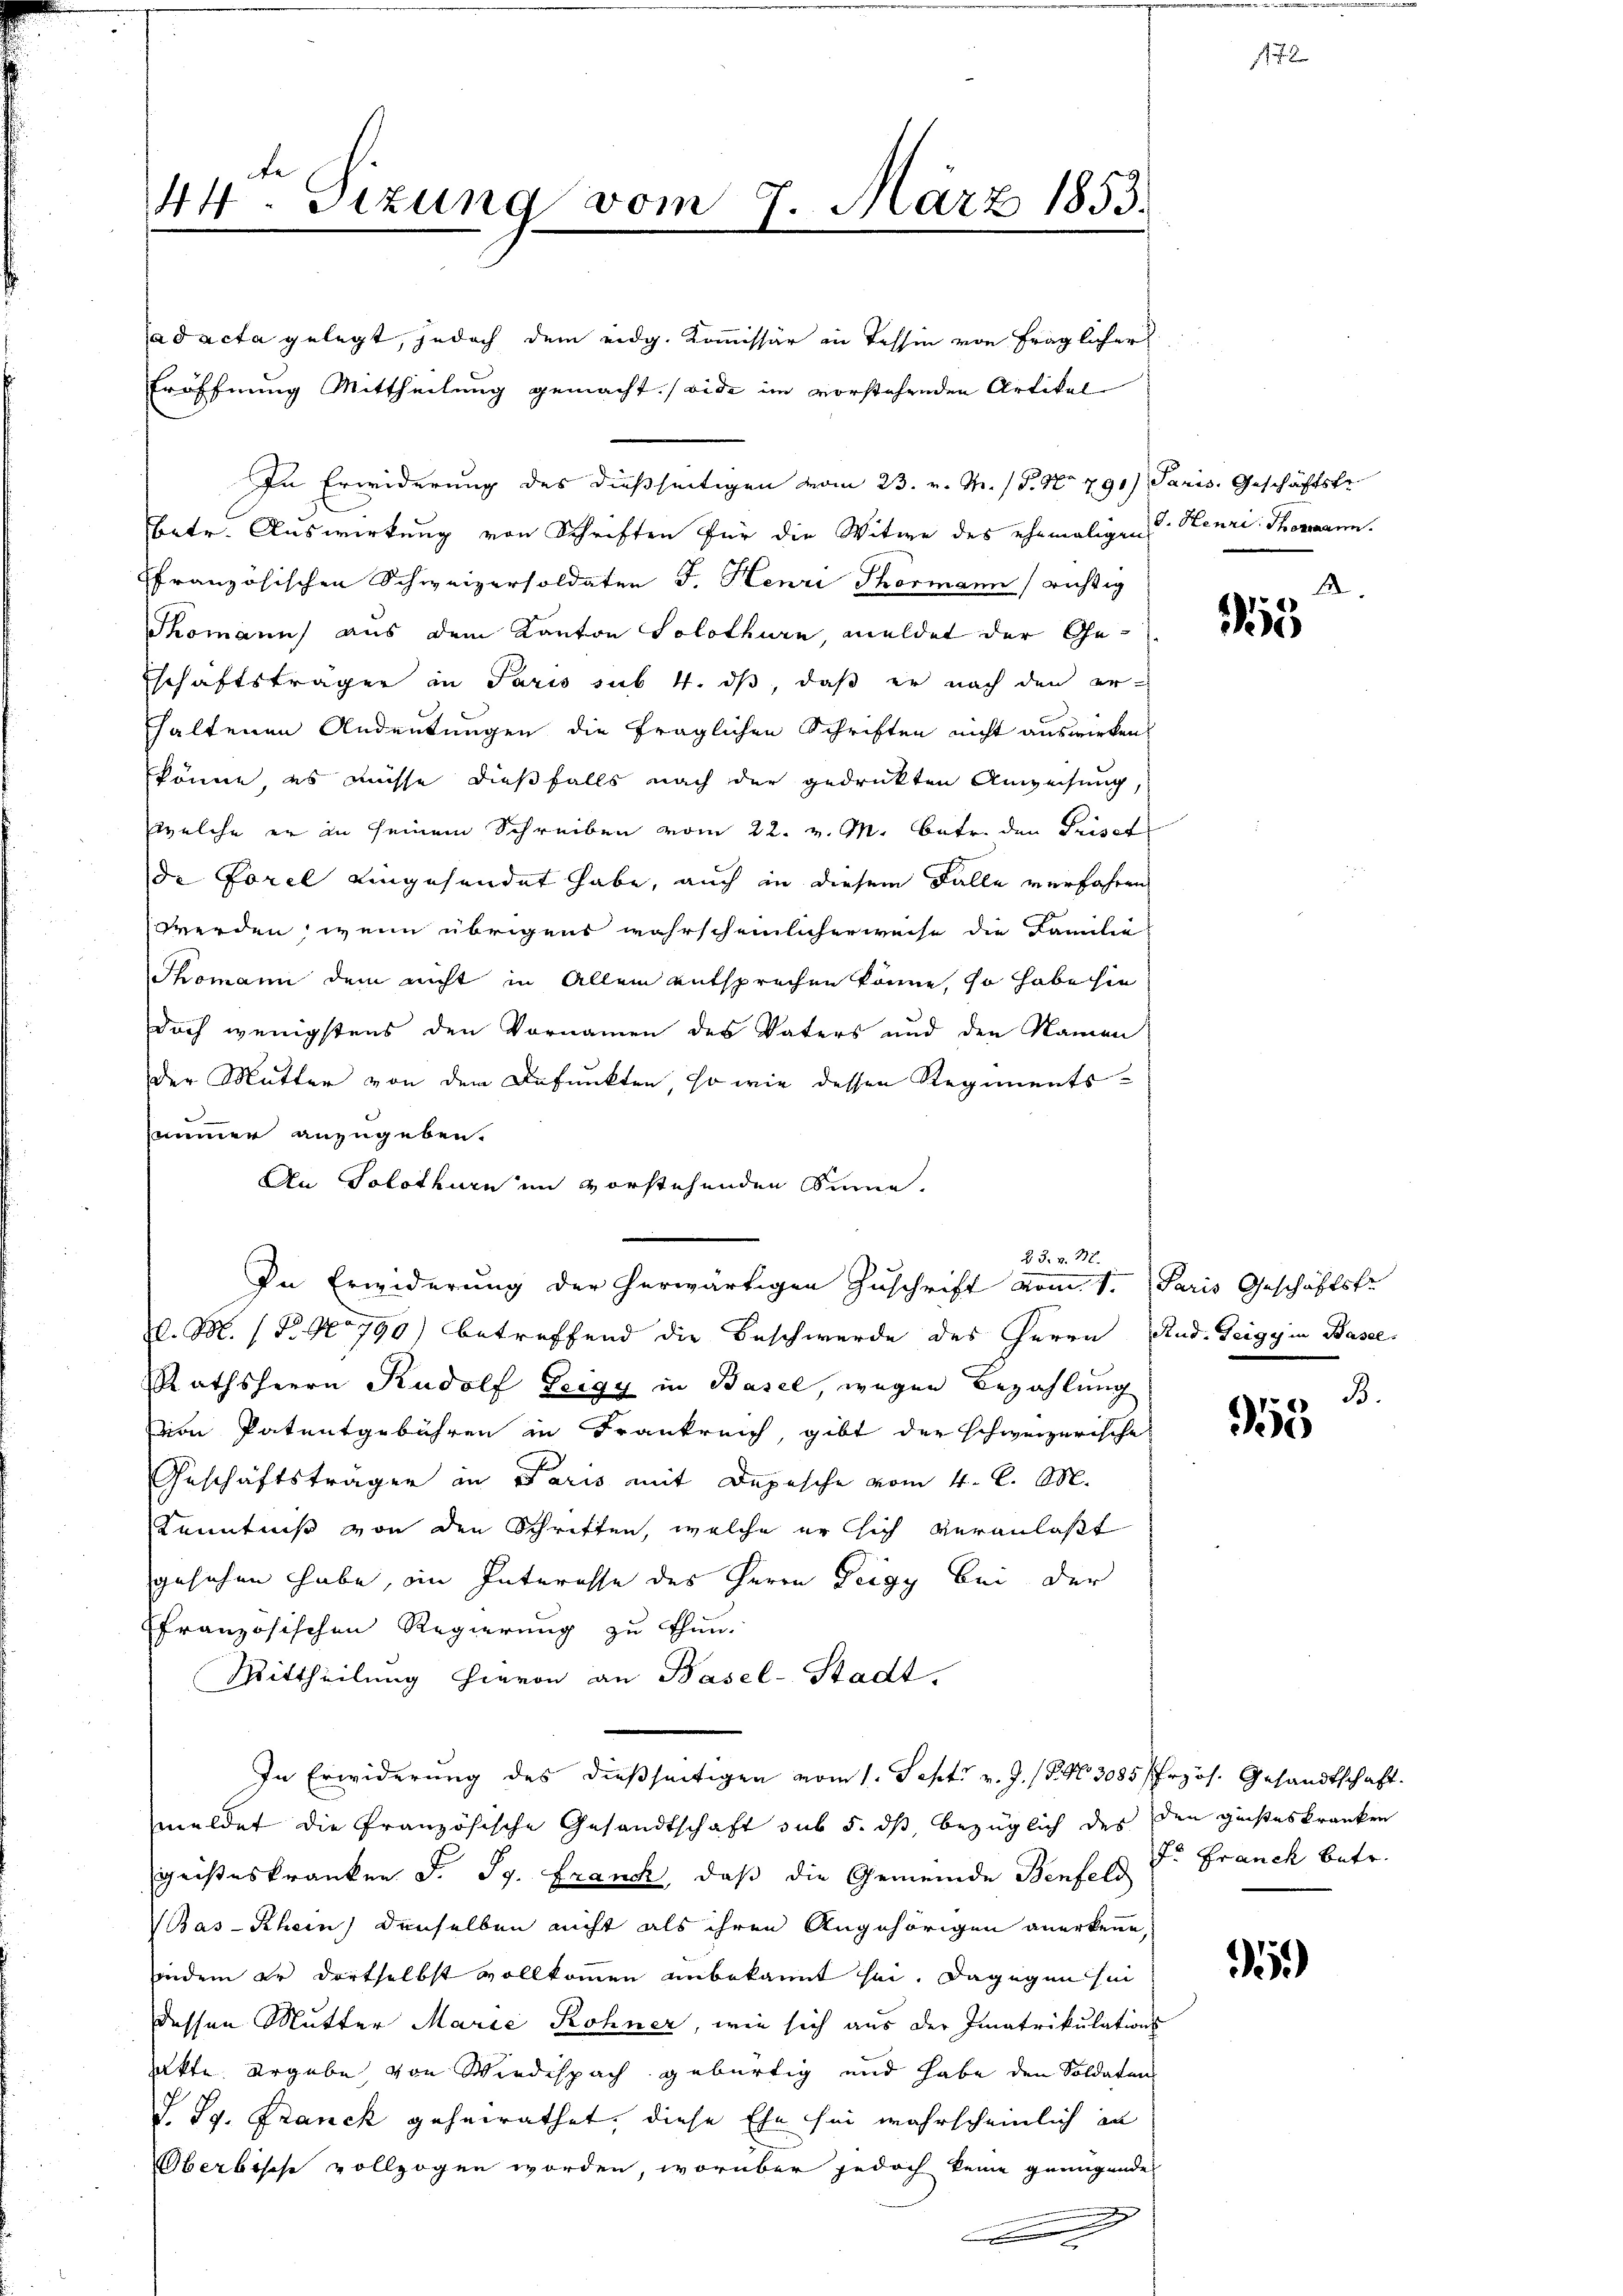
44. Sizung vom 7. März 1853.

ad acta gelegt, jedoch dem eidg. Kommissär in Tessin von fraglicher
Eröffnung Mittheilung gemacht. (vide im vorstehenden Artikal
In Erwiderung des dießseitigen vom 23. v. M. (T. No 791) Paris, Geschäftste
Betr. Auswirkung von Schriften für die Witwe des ehemaligen Henri Thormann.
ffranzösischen Schweizersoldaten J. Henri Thormann richtig
Thomann) aus dem Kanton Solothurn, meldet der Ge-
schaftsträgen in Paris sub 4. ds, daß er nach den er
haltenen Andeutungen die fraglichen Schriften nicht auswirken,
könne es müsse dießfalls nach der gedruckten Anweisung,
welche er in seinem Schreiben vom 22. v. M. betr. den Priset
de Forel eingesendet habe, auch in diesem Falle verfahren
werden, wenn übrigens wahrscheinlicherweise die Familie
Thomann dem nicht in Allem entsprechen könne, so habe sie
doch wenigstens den Vornamen des Vaters und den Namen
der Mutter von dem Befunkten, so wie dessen Regimentsnammer anzugeben.
An Solothurn im vorstehenden Sinne
J. M. 1. No 790) betreffend die Beschwerde des Herrn Rud. Teigy in Basel
Rathsherrn Rudolf Zeigy in Basel, wegen Bezahlung
von Patentgebühren in Frankreich, gibt der schweizerische
Geschäftsträger in Paris mit Depesche vom 4. d. M.
Kenntniß von den Schriften, welche er sich veranlaßt
gesehen habe, im Interesse des Herrn Zeigy bei der
französischen Regierung zu thun.
Mittheilung hievon an Basel-Stadt.
In Erwiderung des dießseitigen vom 1. Sept v. J. P. Nr. 3085/ frzös. Gesandtschaft.
meldet die französische Gesandtschaft sub 5. dß, bezüglich des den geisteskranken
Geisteskranken S. Sg. Franc, daß die Gemeinde Benfeld
Bas-Rhein) denselben nicht als ihren Angehörigen anerkenne,
indem er dortselbst vollkommen unbekannt sei. Dagegen sin
dessen Mutter Marie Rohner, wie sich aus der Imatrikulations-
akte Urgebe, von Wirdispach gebürtig und habe den Soldaten
J. Sg. Franck geheirathet, diese Ehe sei wahrscheinlich in
Oberbische vollzogen worden, worüber jedoch keine genügende
g
c

23. v. M.
In Erwiderung der herwärtigen Zuschrift vom 1. Paris Geschäftsfr

1
55

B.
55

Dr. Franck betr.

59)